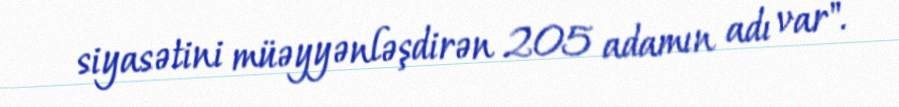
siyasətini müəyyənləşdirən 205 adamın adı var".